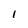
Character: 1